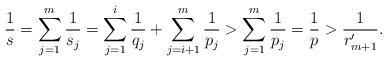
LaTeX: \begin{align*}\frac{1}{s}=\sum_{j=1}^m \frac1{s_j}=\sum_{j=1}^{i} \frac1{q_j}+\sum_{j=i+1}^m \frac1{p_j}>\sum_{j=1}^m \frac1{p_j}=\frac 1p>\frac1{r_{m+1}'}.\end{align*}